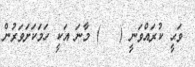
ވަޙީ ކުރައްވަނީ (   ) މާނަ އަކީ ހަމަކަށަވަރުން